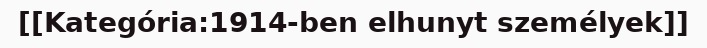
[[Kategória:1914-ben elhunyt személyek]]